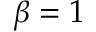
\beta = 1